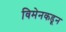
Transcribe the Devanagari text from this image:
विमेनकडून